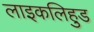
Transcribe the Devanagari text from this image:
लाइकलिहुड